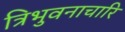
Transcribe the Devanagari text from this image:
त्रिभुवनाचारि